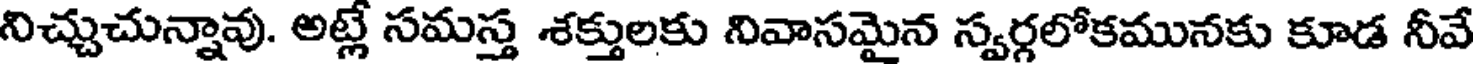
నిచ్చుచున్నావు. అట్లే సమస్త శక్తులకు నివాసమైన స్వర్గలోకమునకు కూడ నీవే